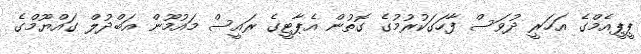
ޕީޕީއެމްގެ އަހަރީ ދުވަސް ފާހަގަކުރުމުގެ ގޮތުން އެޕާޓީގެ ރައީސް މައުމޫން އަބްދުލް ގައްޔޫމްގެ